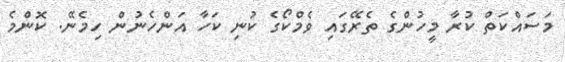
މަސައްކަތް ކުރާ މީހުންގެ ތެރޭގައި ވެމްކޯގެ ކުނި ކަހާ އަންހެނުން ހިމެނޭ. ކޮންމެ